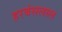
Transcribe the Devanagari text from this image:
हरबंसलाल